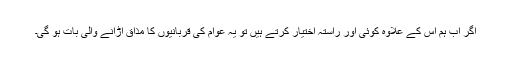
اگر اب ہم اس کے علاوہ کوئی اور راستہ اختیار کرتے ہیں تو یہ عوام کی قربانیوں کا مذاق اڑانے والی بات ہو گی۔